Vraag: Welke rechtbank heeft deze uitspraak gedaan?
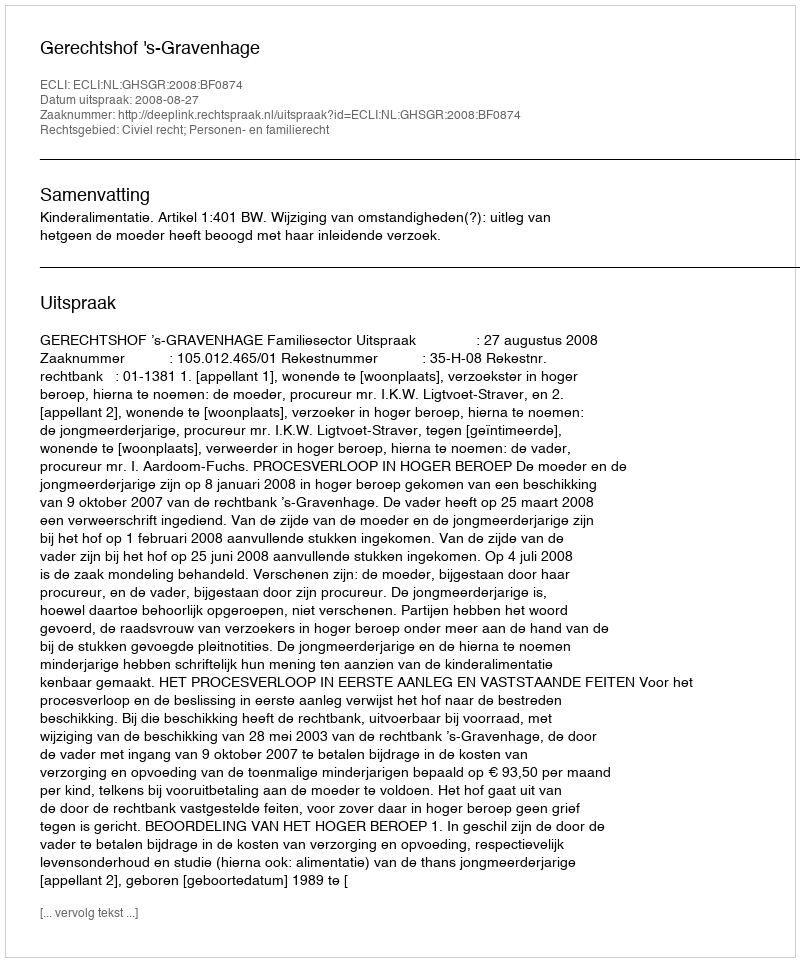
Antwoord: Gerechtshof 's-Gravenhage